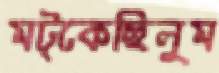
মট্‌কেছিলুম